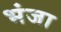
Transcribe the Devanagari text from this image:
भंजा